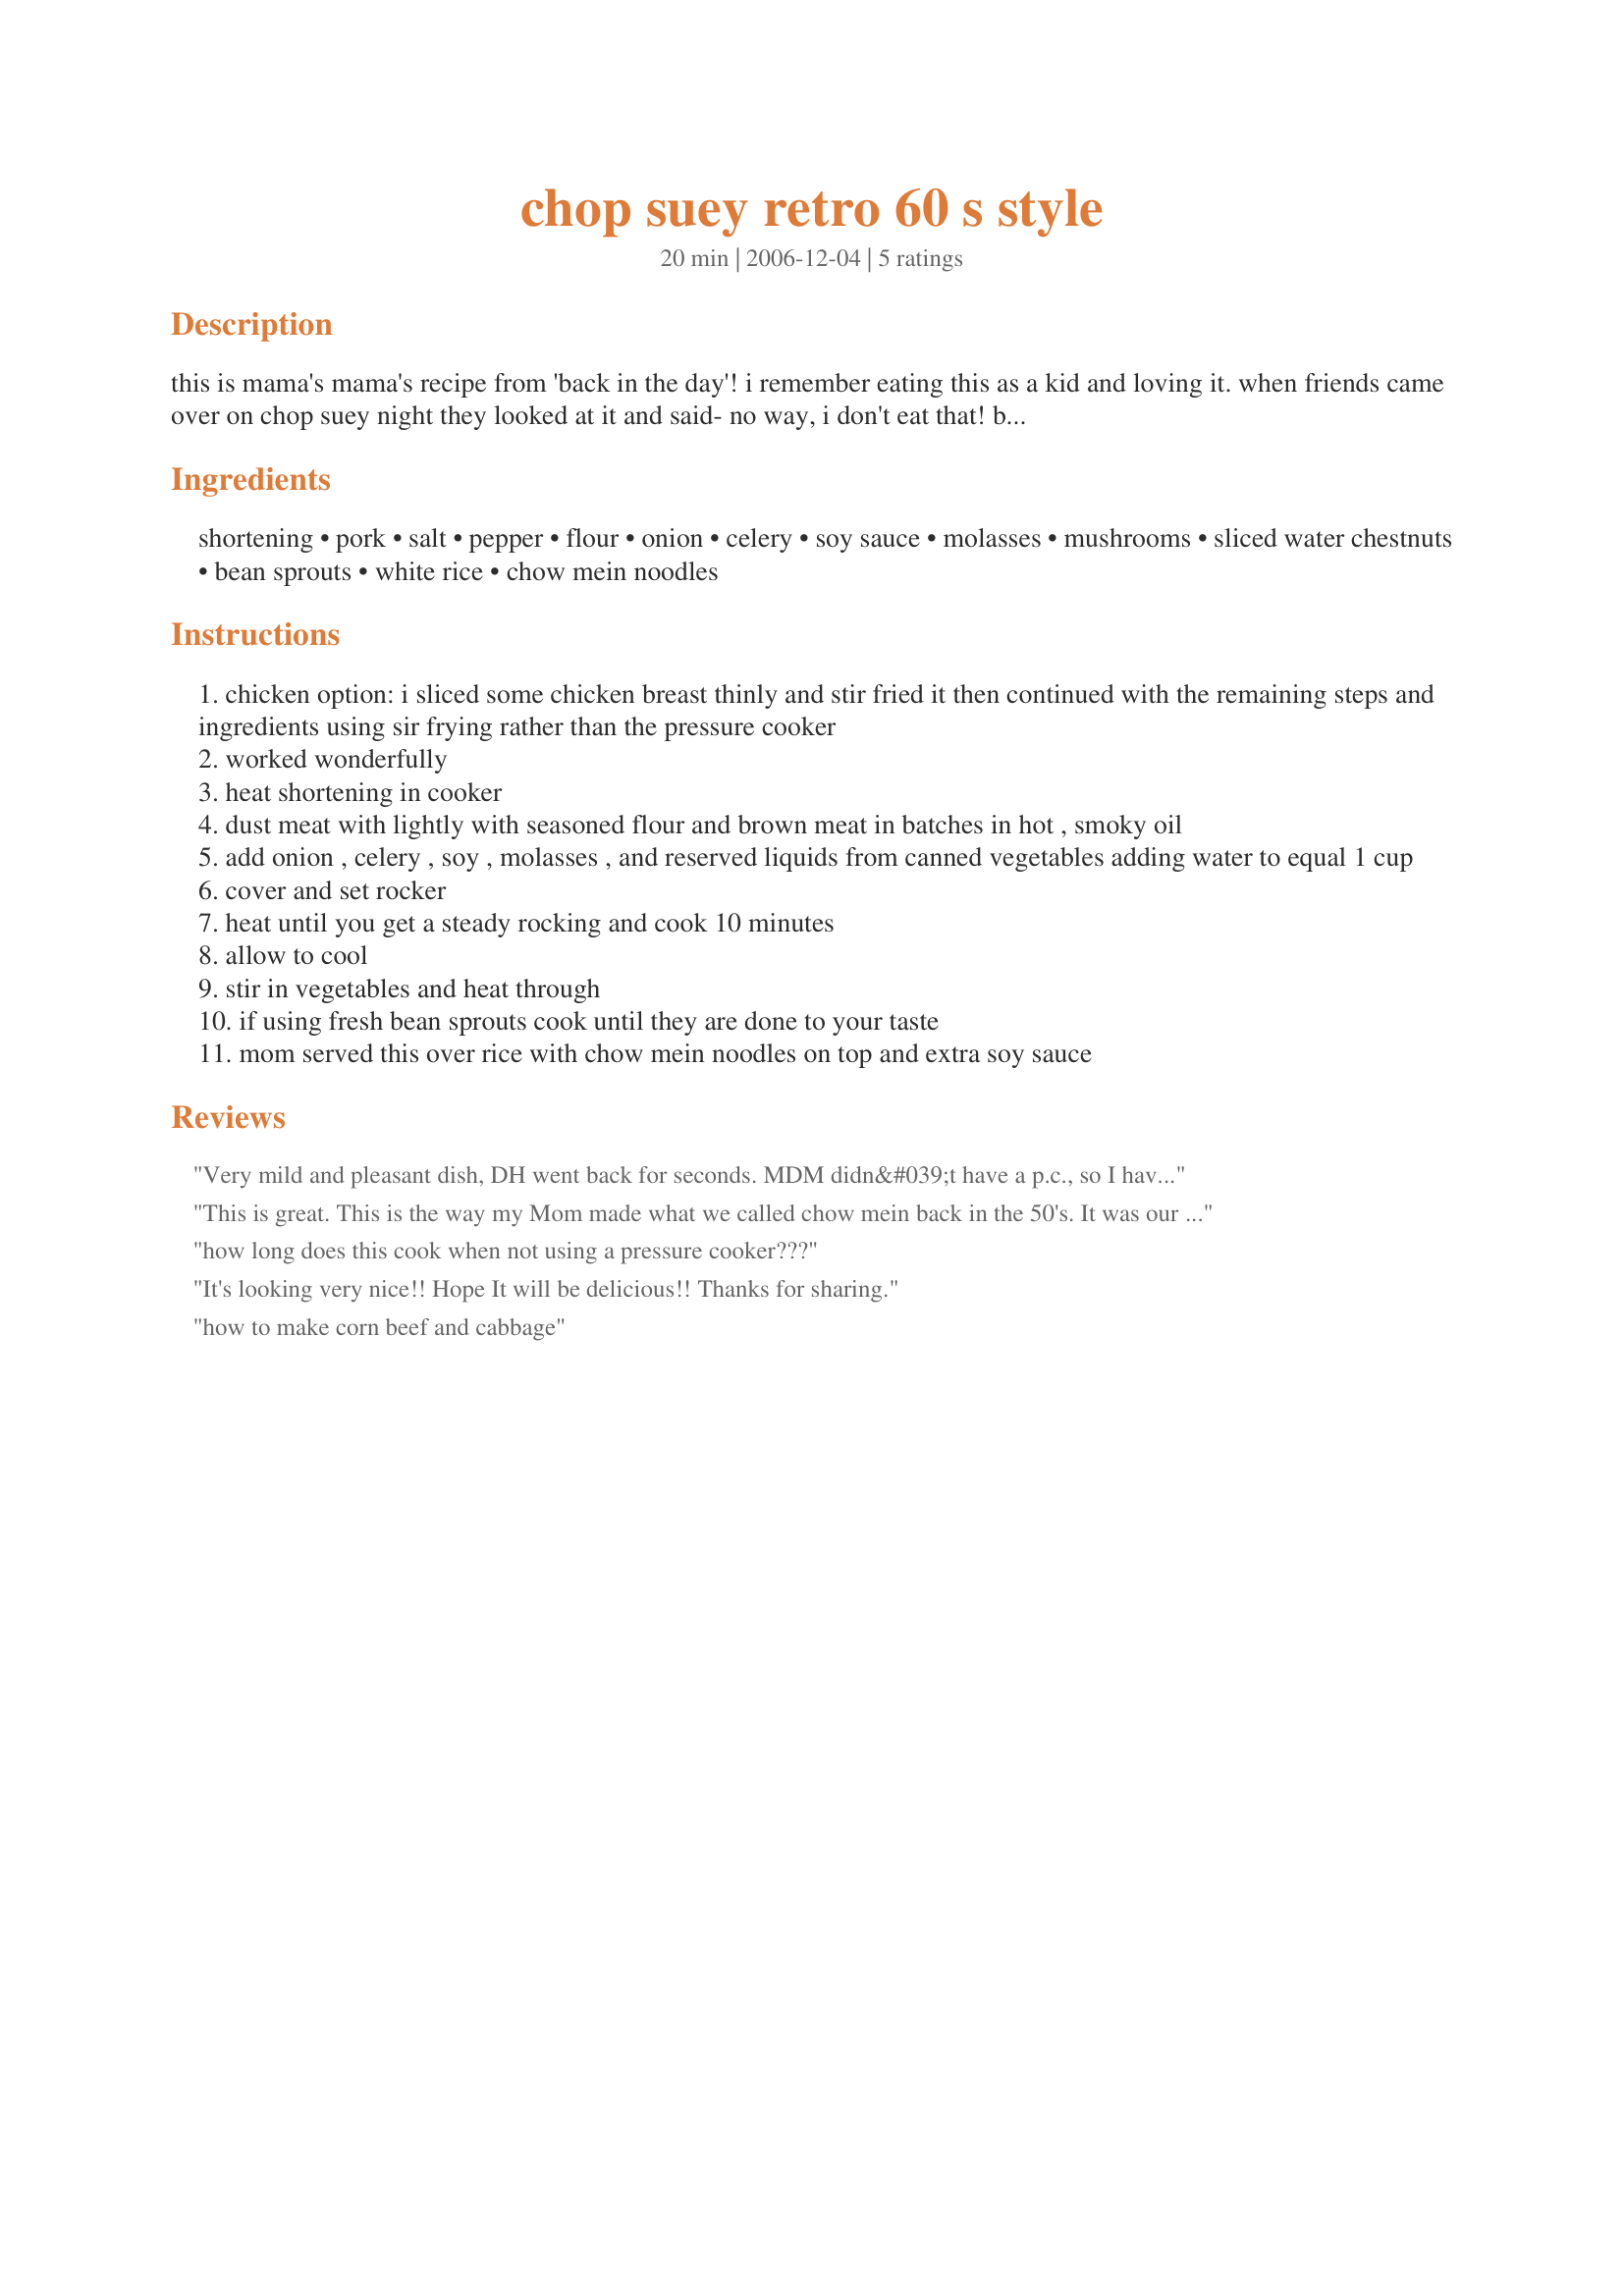
chop suey retro 60 s style
Preparation time: 20 minutes

this is mama's mama's recipe from 'back in the day'! i remember eating this as a kid and loving it. when friends came over on chop suey night they looked at it and said- no way, i don't eat that! but then tried it and loved it too! this was a great way to get us to eat some veggies we otherwise would have turned our nose up at. hope you enjoy this retro recipe! my mother got it from an old woolworth's cookbook. there are lots of items readily available in our times so substitutions and additions are endless! i would add some canned baby corn, and use straw mushrooms and maybe even some fresh bok choy in place of the bean sprouts- i never did care for those anyway! i am also gonna try this now with turkey or chicken bc i don't eat pork or beef anymore. please zmail me if you remember eating this recipe back then and we can compare hula hoop stats!

Ingredients:
shortening, pork, salt, pepper, flour, onion, celery, soy sauce, molasses, mushrooms, sliced water chestnuts, bean sprouts, white rice, chow mein noodles

Steps:
chicken option: i sliced some chicken breast thinly and stir fried it then continued with the remaining steps and ingredients using sir frying rather than the pressure cooker
worked wonderfully
heat shortening in cooker
dust meat with lightly with seasoned flour and brown meat in batches in hot , smoky oil
add onion , celery , soy , molasses , and reserved liquids from canned vegetables adding water to equal 1 cup
cover and set rocker
heat until you get a steady rocking and cook 10 minutes
allow to cool
stir in vegetables and heat through
if using fresh bean sprouts cook until they are done to your taste
mom served this over rice with chow mein noodles on top and extra soy sauce

Reviews:
Very mild and pleasant dish, DH went back for seconds. MDM didn&#039;t have a p.c., so I have no memories of this &quot;back when.&quot; This stretches pork very well. Served with Recipe #513049, which can be made during the 10 minutes at pressure in a 2-liter/quart pressure cooker, as long as the rice has already been rinsed. I think the recipe would benefit from some amounts for the flour, salt and pepper (1/4 cup, 1/2 tsp., and 1/4 tsp. respectively). I cooked at 15 psi, which is the norm for pork and allowed the pressure to reduce naturally. I then had to reheat the mixture after adding the vegetables to enjoy a hot meal. My 5-liter p.c. had plenty of room to cook this recipe. Made for Zaar Chef Alphabet Soup tag game.
This is great. This is the way my Mom made what we called chow mein back in the 50's. It was our favorite meal.
how long does this cook when not using a pressure cooker???
It's looking very nice!! Hope It will be delicious!! Thanks for sharing.
how to make corn beef and cabbage
